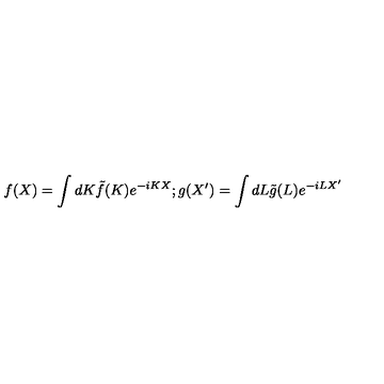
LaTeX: f ( X ) = \int d K \tilde { f } ( K ) e ^ { - i K X } ; g ( X ^ { \prime } ) = \int d L \tilde { g } ( L ) e ^ { - i L X ^ { \prime } }